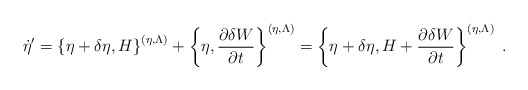
\begin{align*}\dot{\eta}'=\left\{\eta+\delta\eta,H\right\}^{(\eta,\Lambda)}+\left\{\eta,\frac{\partial \delta W}{\partial t}\right\}^{(\eta,\Lambda)}=\left\{\eta+\delta\eta,H+\frac{\partial \delta W}{\partial t}\right\}^{(\eta,\Lambda)}\;.\end{align*}